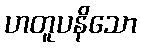
ဟတူပနိသော